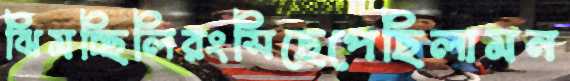
ঝিমচ্ছিলিরংসিছেপেছিলামন